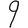
Digit: 9